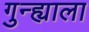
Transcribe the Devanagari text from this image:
गुन्ह्याला